Annual administration and progress report of the Indian Medical Department, Bombay
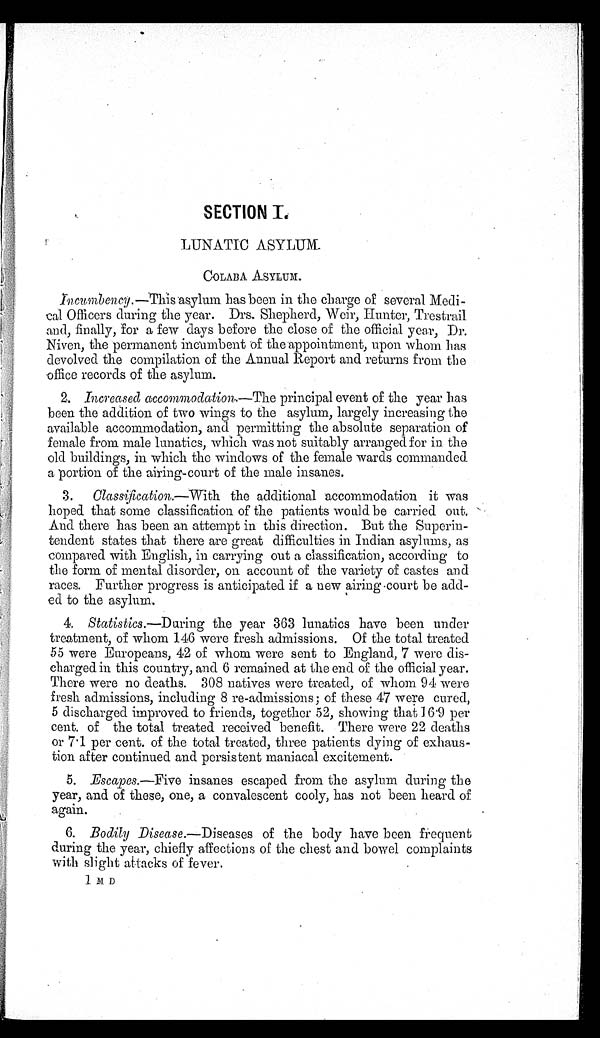
SECTION I.
LUNATIC ASYLUM.
C O L A B A A S Y L U M .
Incumbency
.—This asylum has been in the charge of several Medi
-
cal Officers during the year. Drs. Shepherd, Weir, Hunter, Trestrail
and, finally, for a few days before the close of the official year, Dr.
Nven, the permanent incumbent of the appointment, upon whom has
devolved the compilation of the Annual Report and returns from the
office records of the asylum.
2. Increased accommodation.— The principal event of the year has
been the addition of two wings to the asylum, largely increasing the
available accommodation, and permitting the absolute separation of
female from male lunatics, which was not suitably arranged for in. the
old buildings, in which the windows of the female wards commanded
a portion of the airing-court of the male insanes.
3.Classification.—With the additional accommodation it was
hoped that some classification of the patients would be carried out.
And there has been an attempt in this direction. But the Superin
-tendent states that there are great difficulties in Indian asylums, as
compared with English, in carrying out a classification, according to
the form of mental disorder, on account of the variety of castes and
races. Further progress is anticipated if a new airing court be add--
ed to the asylum
.
4.
Statistics.—During the year 363 lunatics have been under
treatment, of whom 146 were fresh admissions. Of the total treated
55 were Europeans, 42 of whom were sent to England, 7 were dis
-charged in this country, and 6 remained at the end of the official year.
There were no deaths. 308 natives were treated, of whom 94 were
fresh admissions, including 8 re-admissions; of these 47 were cured,
5 discharged improved to friends, together 52, showing that 16.9 per
cent. of the total treated received benefit. There were 22 deaths
or 7.1 per cent. of the total treated, three patients dying of exhaus
-tion after continued and persistent maniacal excitemen
t .
5. Escapes.—Five insanes escaped from the asylum during the
year, and of those, one, a convalescent cooly, has not been heard of
again.
6.
Bodily Disease .—Diseases of the body have been frequent
during the year, chiefly affections of the chest and bowel complaints
with slight attacks of fever.
1 M D